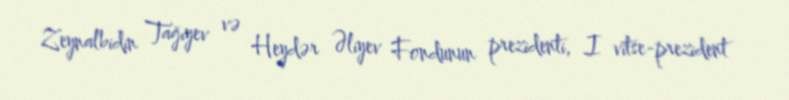
Zeynalbidin Tağıyev və Heydər Əliyev Fondunun prezidenti, I vitse-prezident